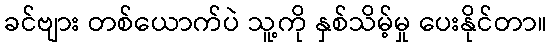
ခင်ဗျား တစ်ယောက်ပဲ သူ့ကို နှစ်သိမ့်မှု ပေးနိုင်တာ။